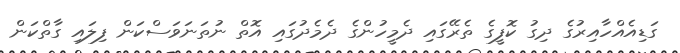
ގަޑިއެއްހާއިރުގެ ދިގު ކޮފީގެ ތެރޭގައި ދެމީހުންގެ ދެމެދުގައި އޮތް ނުތަނަވަސްކަން ފިލައި ގާތްކަން